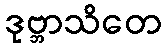
ဒုဗ္ဘာသိတေ